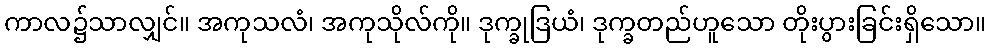
ကာလ၌သာလျှင်။ အကုသလံ၊ အကုသိုလ်ကို။ ဒုက္ခုဒြယံ၊ ဒုက္ခတည်ဟူသော တိုးပွားခြင်းရှိသော။